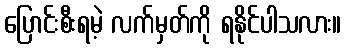
ပြောင်းစီးရမဲ့ လက်မှတ်ကို ရနိုင်ပါသလား။